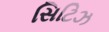
સિટિઝ